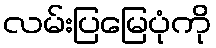
လမ်းပြမြေပုံကို